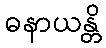
ဓနာယန္တိ